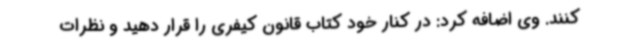
کنند. وی اضافه کرد: در کنار خود کتاب قانون کیفری را قرار دهید و نظرات